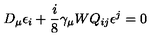
D _ { \mu } \epsilon _ { i } + \frac { i } { 8 } \gamma _ { \mu } W Q _ { i j } \epsilon ^ { j } = 0